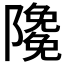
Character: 𨽊